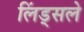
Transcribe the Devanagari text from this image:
लिंड्सले